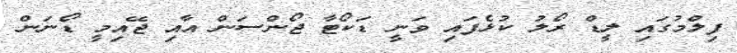
ފިލްމުގައި ލީޑް ރޯލު ކުޅެފައި ވަނީ ޑަކޯޓާ ޖޯންސަން އާއި ޖޭއިމީ ޑޯނަން